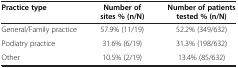
<table><thead><tr><td><b>Practice type</b></td><td><b>Number of sites % (n/N)</b></td><td><b>Number of patients tested % (n/N)</b></td></tr></thead><tbody><tr><td>General/Family practice</td><td>57.9% (11/19)</td><td>52.2% (349/632)</td></tr><tr><td>Podiatry practice</td><td>31.6% (6/19)</td><td>31.3% (198/632)</td></tr><tr><td>Other</td><td>10.5% (2/19)</td><td>13.4% (85/632)</td></tr></tbody></table>